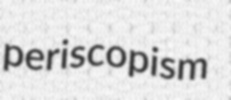
periscopism